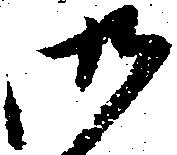
御